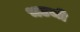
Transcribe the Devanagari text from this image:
भटजी